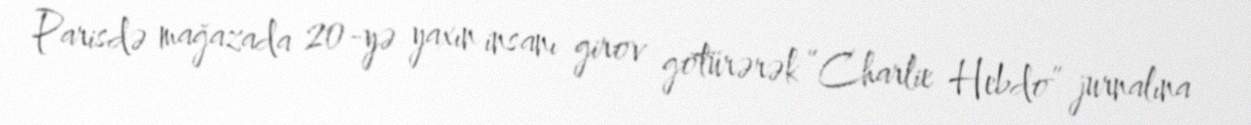
Parisdə mağazada 20-yə yaxın insanı girov götürərək “Charlie Hebdo” jurnalına